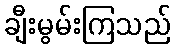
ချီးမွမ်းကြသည်